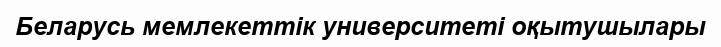
Беларусь мемлекеттік университеті оқытушылары